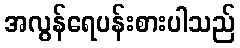
အလွန်ရေပန်းစားပါသည်